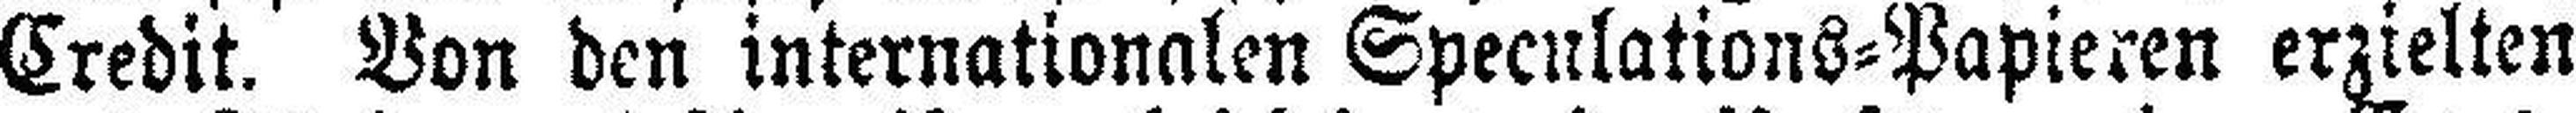
Credit. Von den internationalen Spekulations=Papieren erzielten